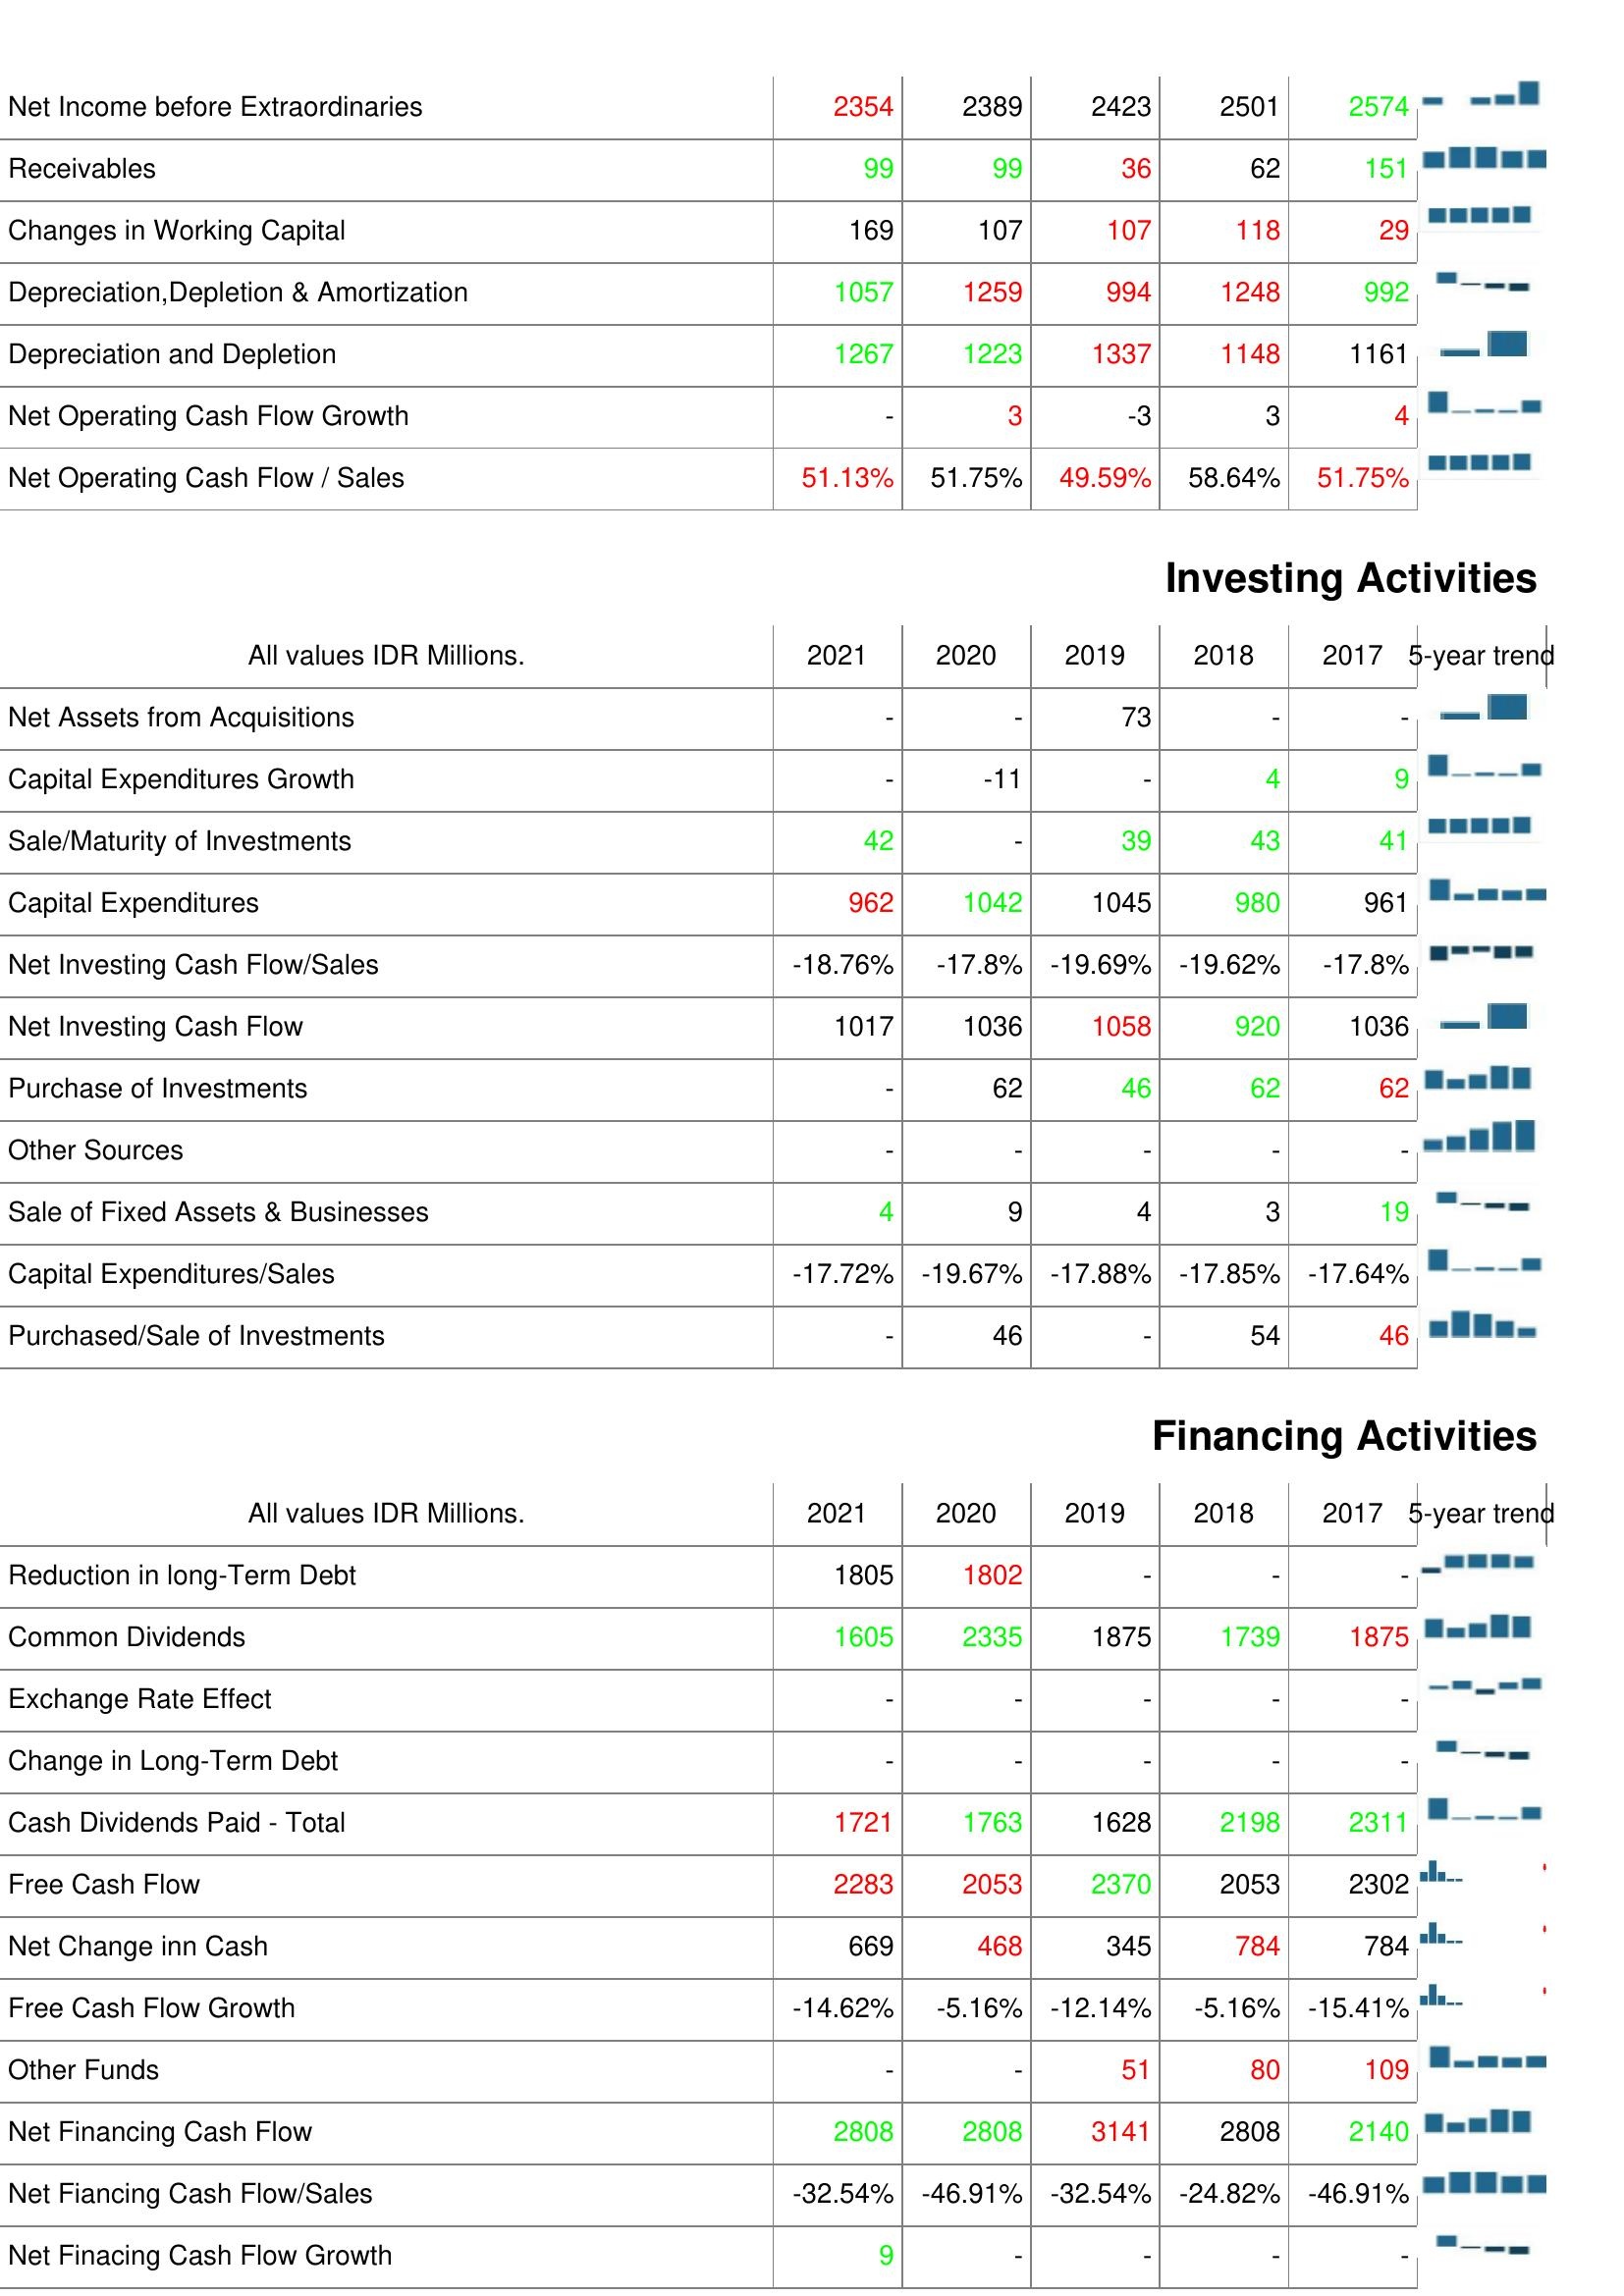
2021: Operating Activities: Net Income before Extraordinaries: 2354
Receivables: 99
Changes in Working Capital: 169
Depreciation,Depletion & Amortization: 1057
Depreciation and Depletion: 1267
Net Operating Cash Flow Growth: -
Net Operating Cash Flow / Sales: 51.13%
Investing Activities: Net Assets from Acquisitions: -
Capital Expenditures Growth: -
Sale/Maturity of Investments: 42
Capital Expenditures: 962
Net Investing Cash Flow/Sales: -18.76%
Net Investing Cash Flow: 1017
Purchase of Investments: -
Other Sources: -
Sale of Fixed Assets & Businesses: 4
Capital Expenditures/Sales: -17.72%
Purchased/Sale of Investments: -
Financing Activities: Reduction in long-Term Debt: 1805
Common Dividends: 1605
Exchange Rate Effect: -
Change in Long-Term Debt: -
Cash Dividends Paid - Total: 1721
Free Cash Flow: 2283
Net Change inn Cash: 669
Free Cash Flow Growth: -14.62%
Other Funds: -
Net Financing Cash Flow: 2808
Net Fiancing Cash Flow/Sales: -32.54%
Net Finacing Cash Flow Growth: 9
2020: Operating Activities: Net Income before Extraordinaries: 2389
Receivables: 99
Changes in Working Capital: 107
Depreciation,Depletion & Amortization: 1259
Depreciation and Depletion: 1223
Net Operating Cash Flow Growth: 3
Net Operating Cash Flow / Sales: 51.75%
Investing Activities: Net Assets from Acquisitions: -
Capital Expenditures Growth: -11
Sale/Maturity of Investments: -
Capital Expenditures: 1042
Net Investing Cash Flow/Sales: -17.8%
Net Investing Cash Flow: 1036
Purchase of Investments: 62
Other Sources: -
Sale of Fixed Assets & Businesses: 9
Capital Expenditures/Sales: -19.67%
Purchased/Sale of Investments: 46
Financing Activities: Reduction in long-Term Debt: 1802
Common Dividends: 2335
Exchange Rate Effect: -
Change in Long-Term Debt: -
Cash Dividends Paid - Total: 1763
Free Cash Flow: 2053
Net Change inn Cash: 468
Free Cash Flow Growth: -5.16%
Other Funds: -
Net Financing Cash Flow: 2808
Net Fiancing Cash Flow/Sales: -46.91%
Net Finacing Cash Flow Growth: -
2019: Operating Activities: Net Income before Extraordinaries: 2423
Receivables: 36
Changes in Working Capital: 107
Depreciation,Depletion & Amortization: 994
Depreciation and Depletion: 1337
Net Operating Cash Flow Growth: -3
Net Operating Cash Flow / Sales: 49.59%
Investing Activities: Net Assets from Acquisitions: 73
Capital Expenditures Growth: -
Sale/Maturity of Investments: 39
Capital Expenditures: 1045
Net Investing Cash Flow/Sales: -19.69%
Net Investing Cash Flow: 1058
Purchase of Investments: 46
Other Sources: -
Sale of Fixed Assets & Businesses: 4
Capital Expenditures/Sales: -17.88%
Purchased/Sale of Investments: -
Financing Activities: Reduction in long-Term Debt: -
Common Dividends: 1875
Exchange Rate Effect: -
Change in Long-Term Debt: -
Cash Dividends Paid - Total: 1628
Free Cash Flow: 2370
Net Change inn Cash: 345
Free Cash Flow Growth: -12.14%
Other Funds: 51
Net Financing Cash Flow: 3141
Net Fiancing Cash Flow/Sales: -32.54%
Net Finacing Cash Flow Growth: -
2018: Operating Activities: Net Income before Extraordinaries: 2501
Receivables: 62
Changes in Working Capital: 118
Depreciation,Depletion & Amortization: 1248
Depreciation and Depletion: 1148
Net Operating Cash Flow Growth: 3
Net Operating Cash Flow / Sales: 58.64%
Investing Activities: Net Assets from Acquisitions: -
Capital Expenditures Growth: 4
Sale/Maturity of Investments: 43
Capital Expenditures: 980
Net Investing Cash Flow/Sales: -19.62%
Net Investing Cash Flow: 920
Purchase of Investments: 62
Other Sources: -
Sale of Fixed Assets & Businesses: 3
Capital Expenditures/Sales: -17.85%
Purchased/Sale of Investments: 54
Financing Activities: Reduction in long-Term Debt: -
Common Dividends: 1739
Exchange Rate Effect: -
Change in Long-Term Debt: -
Cash Dividends Paid - Total: 2198
Free Cash Flow: 2053
Net Change inn Cash: 784
Free Cash Flow Growth: -5.16%
Other Funds: 80
Net Financing Cash Flow: 2808
Net Fiancing Cash Flow/Sales: -24.82%
Net Finacing Cash Flow Growth: -
2017: Operating Activities: Net Income before Extraordinaries: 2574
Receivables: 151
Changes in Working Capital: 29
Depreciation,Depletion & Amortization: 992
Depreciation and Depletion: 1161
Net Operating Cash Flow Growth: 4
Net Operating Cash Flow / Sales: 51.75%
Investing Activities: Net Assets from Acquisitions: -
Capital Expenditures Growth: 9
Sale/Maturity of Investments: 41
Capital Expenditures: 961
Net Investing Cash Flow/Sales: -17.8%
Net Investing Cash Flow: 1036
Purchase of Investments: 62
Other Sources: -
Sale of Fixed Assets & Businesses: 19
Capital Expenditures/Sales: -17.64%
Purchased/Sale of Investments: 46
Financing Activities: Reduction in long-Term Debt: -
Common Dividends: 1875
Exchange Rate Effect: -
Change in Long-Term Debt: -
Cash Dividends Paid - Total: 2311
Free Cash Flow: 2302
Net Change inn Cash: 784
Free Cash Flow Growth: -15.41%
Other Funds: 109
Net Financing Cash Flow: 2140
Net Fiancing Cash Flow/Sales: -46.91%
Net Finacing Cash Flow Growth: -